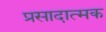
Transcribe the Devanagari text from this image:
प्रसादात्मक